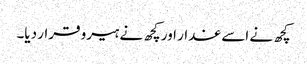
کچھ نے اسے غدار اور کچھ نے ہیرو قرار دیا۔